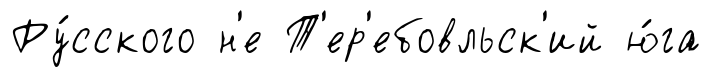
Ру́сского н'е Т'ер'ебовльск'ий ю́га